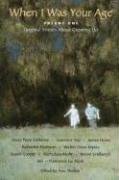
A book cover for When I Was Your Age, Volume One: Original Stories About Growing Up; Children's Books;